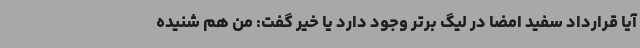
آیا قرارداد سفید امضا در لیگ برتر وجود دارد یا خیر گفت: من هم شنیده